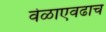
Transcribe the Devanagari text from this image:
वेळाएवढाच